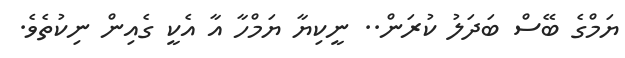
ޔަމްގެ ބޭސް ބަދަލު ކުރަން.. ނީކިޔާ ޔަމްހާ އާ އެކީ ގެއިން ނިކުތެވެ.